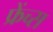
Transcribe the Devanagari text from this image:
फ्रेंच्स